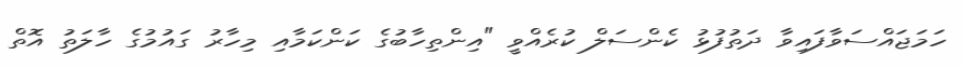
ހަމަޖައްސަވާފައިވާ ދަތުފުޅު ކެންސަލް ކުރެއްވީ "އިންތިހާބުގެ ކަންކަމާއި މިހާރު ގައުމުގެ ހާލަތު އޮތް